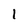
Character: l